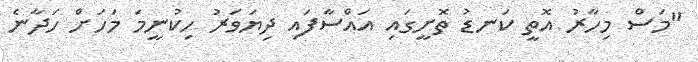
"މަސް މިހާރު އޮތީ ކަނޑު ތޮށީގައި އައްސާފައި ދިޔަވަރު ހިކުނީމަ މަހަށް ހަދާނެ